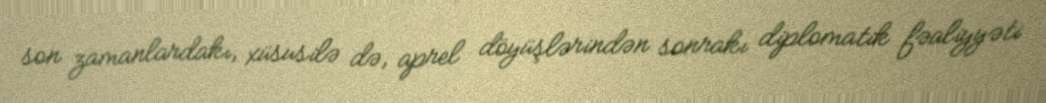
son zamanlardakı, xüsusilə də, aprel döyüşlərindən sonrakı diplomatik fəaliyyəti